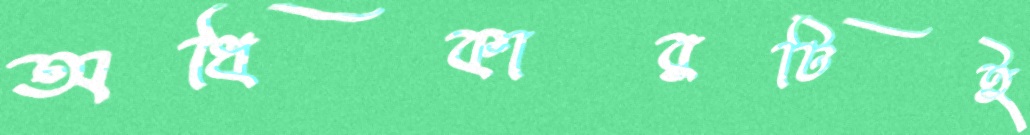
অধিকারটিই